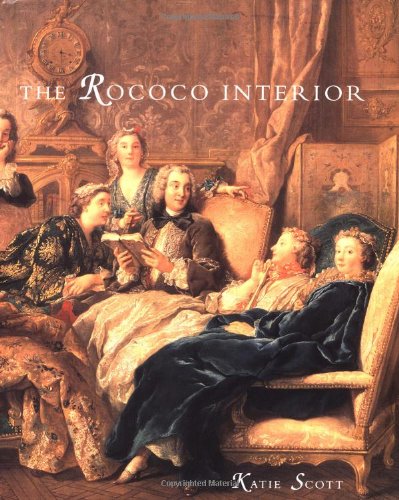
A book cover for The Rococo Interior: Decoration and Social Spaces in Early Eighteenth-Century Paris; Katie Scott; Arts & Photography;